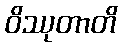
ဝိဿုတာတိ